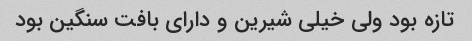
تازه بود ولی خیلی شیرین و دارای بافت سنگین بود